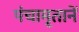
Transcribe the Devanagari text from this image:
पंचामृतानें